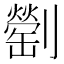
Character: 𠠜